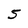
Character: 5